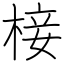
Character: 椄